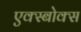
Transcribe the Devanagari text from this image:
एक्स्बोक्स